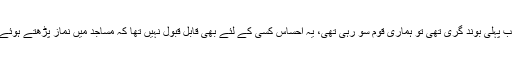
ملک میں پھیلی اس دھشت گردی کی جب پہلی بوند گری تھی تو ہماری قوم سو رہی تھی، یہ احساس کسی کے لئے بھی قابل قبول نہیں تھا کہ مساجد میں نماز پڑھتے ہوئے نمازیوں پر گولیا ں برسائی جائیں گیں۔